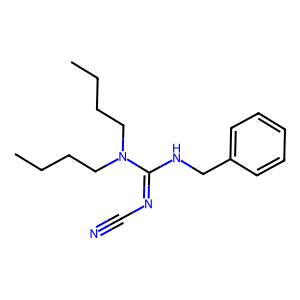
SMILES: CCCCN(CCCC)C(=NC#N)NCc1ccccc1
Inhibits HIV replication: No